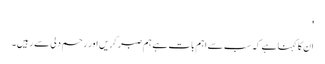
'
ان کا کہنا ہے کہ سب سے اہم بات ہے ہم صبر کریں اور رحم دلی سے رہیں۔